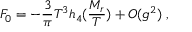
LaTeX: { \cal F } _ { 0 } = - \frac { 3 } { \pi } T ^ { 3 } h _ { 4 } ( \frac { M _ { r } } { T } ) + { \cal O } ( g ^ { 2 } ) \; ,